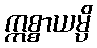
ဣစ္စာယမ္ပိ